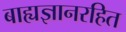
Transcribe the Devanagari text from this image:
बाह्यज्ञानरहित